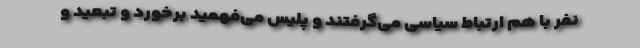
نفر با هم ارتباط سیاسی می‌گرفتند و پلیس می‌فهمید برخورد و تبعید و